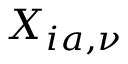
X _ { i a , \nu }